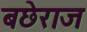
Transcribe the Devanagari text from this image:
बछेराज